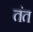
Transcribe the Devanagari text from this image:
तंत